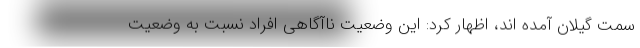
سمت گیلان آمده اند، اظهار کرد: این وضعیت ناآگاهی افراد نسبت به وضعیت